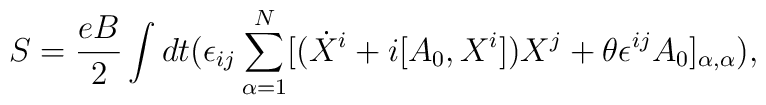
S=\frac{eB}{2}\int dt (\epsilon_{ij}\sum_{\alpha=1}^{N}[(\dot{X}^i+i[A_{0},X^{i}])X^{j}+\theta\epsilon^{ij}A_{0}]_{\alpha,\alpha}),